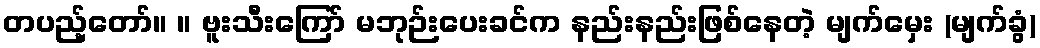
တပည့်တော်။ ။ ဗူးသီးကြော် မဘုဉ်းပေးခင်က နည်းနည်းဖြစ်နေတဲ့ မျက်မှေး (မျက်ခွံ)